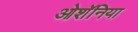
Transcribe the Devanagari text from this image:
ओशॅनिया